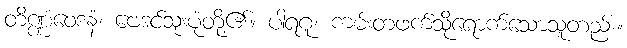
တိဏ္ဏံဝေဒနံ၊ ဗေဒင်သုံးပုံတို့၏။ ပါရဂူ၊ ကမ်းတဖက်သို့ရောက်သောသူတည်း။